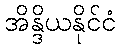
အိန္ဒိယနိုင်ငံ